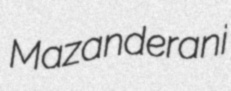
Mazanderani